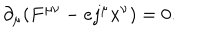
\partial _ { \mu } ( F ^ { \mu \nu } - e j ^ { \mu } x ^ { \nu } ) = 0 .